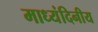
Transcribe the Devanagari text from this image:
माध्यंदिनीय